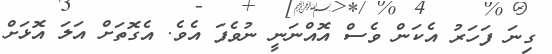
ގިނަ ފަހަރު އެކަން ވެސް އޮއްނަނީ ނުވެފަ އެވެ. އެގޮތަށް އަލަ އޮޅަށް